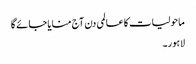
ماحولیات کا عالمی دن آج منایا جائے گا
لاہور۔